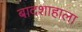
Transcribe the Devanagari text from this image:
बादशाहाला